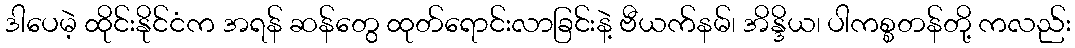
ဒါပေမဲ့ ထိုင်းနိုင်ငံက အရန် ဆန်တွေ ထုတ်ရောင်းလာခြင်းနဲ့ ဗီယက်နမ်၊ အိန္ဒိယ၊ ပါကစ္စတန်တို့ ကလည်း